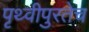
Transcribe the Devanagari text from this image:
पृथ्वीपुरतेच